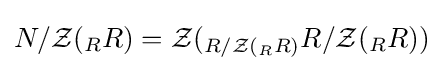
N/{\mathcal {Z}}(_{R}R)={\mathcal {Z}}(_{R/{\mathcal {Z}}(_{R}R)}R/{\mathcal {Z}}(_{R}R))